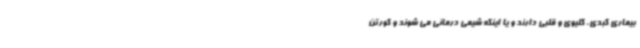
بیماری کبدی، کلیوی و قلبی دارند و یا اینکه شیمی درمانی می شوند و کورتن